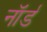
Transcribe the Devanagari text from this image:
नॉर्ड